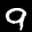
Label: 9